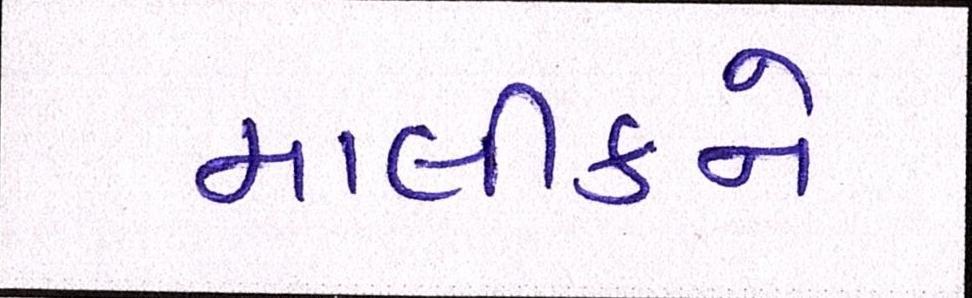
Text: માલીકને